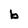
Character: b